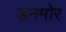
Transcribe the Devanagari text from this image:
डनमोर